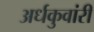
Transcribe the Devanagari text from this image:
अर्धकुवांरी